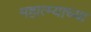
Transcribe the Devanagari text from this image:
महात्म्याच्या